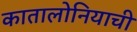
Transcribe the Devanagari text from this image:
कातालोनियाची